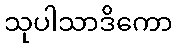
သုပါသာဒိကော